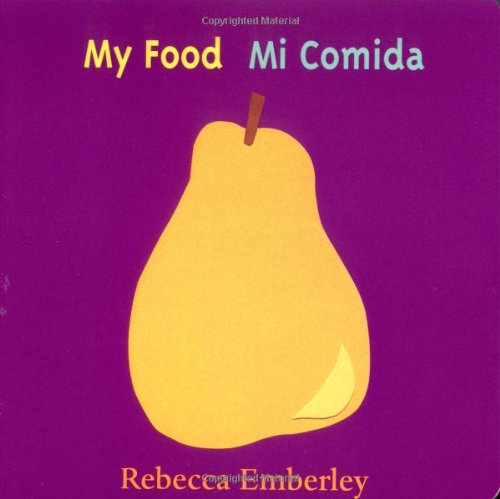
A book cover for My Food / Mi Comida (English and Spanish Edition); Rebecca Emberley; Children's Books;